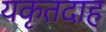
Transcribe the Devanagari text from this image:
यकृतदाह